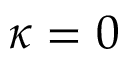
\kappa = 0